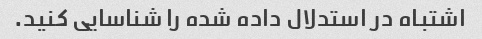
اشتباه در استدلال داده شده را شناسایی کنید.